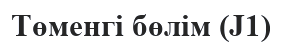
Төменгі бөлім (J1)